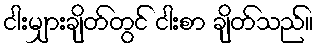
ငါးမျှားချိတ်တွင် ငါးစာ ချိတ်သည်။